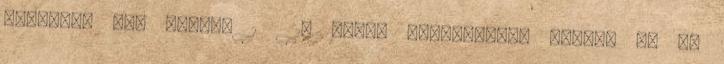
Folytasd te, Sylvie 1 10 oldal Bejegyzések száma: 93 Az